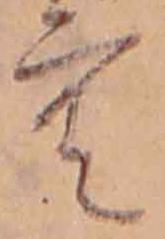
空